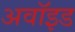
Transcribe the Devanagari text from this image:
अवॉइड